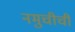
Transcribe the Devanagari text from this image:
नमुचीची